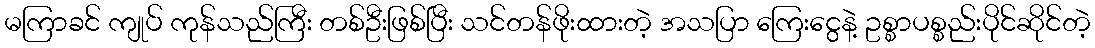
မကြာခင် ကျုပ် ကုန်သည်ကြီး တစ်ဦးဖြစ်ပြီး သင်တန်ဖိုးထားတဲ့ အသပြာ ကြေးငွေနဲ့ ဥစ္စာပစ္စည်းပိုင်ဆိုင်တဲ့